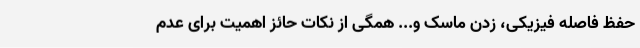
حفظ فاصله فیزیکی، زدن ماسک و... همگی از نکات حائز اهمیت برای عدم